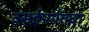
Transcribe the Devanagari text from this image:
वसईपर्यंतचा